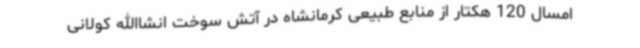
امسال 120 هکتار از منابع طبیعی کرمانشاه در آتش سوخت انشاالله کولانی